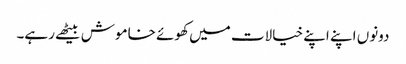
دونوں اپنے اپنے خیالات میں کھوئے خاموش بیٹھے رہے۔